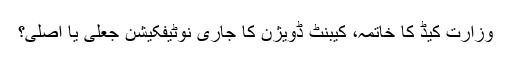
وزارت کیڈ کا خاتمہ، کیبنٹ ڈویژن کا جاری نوٹیفکیشن جعلی یا اصلی؟